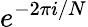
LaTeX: e^{-2\pi i/N}